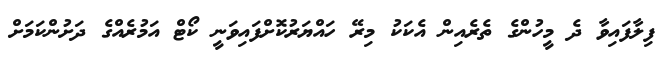
ފިލާފައިވާ ދެ މީހުންގެ ތެރެއިން އެކަކު މިރޭ ހައްޔަރުކޮށްފައިވަނީ ކޯޓް އަމުރެއްގެ ދަށުންކަމަށް